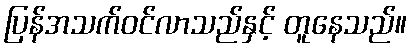
ပြန်အသက်ဝင်လာသည်နှင့် တူနေသည်။